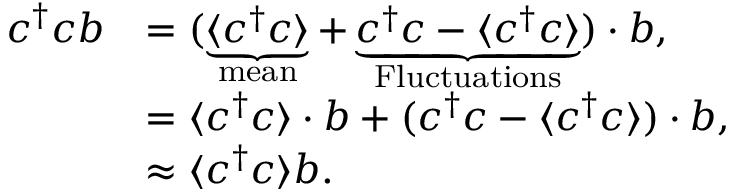
\begin{array} { r l } { c ^ { \dagger } c b } & { = ( \underbrace { \langle c ^ { \dagger } c \rangle } _ { \mathrm { m e a n } } + \underbrace { c ^ { \dagger } c - \langle c ^ { \dagger } c \rangle } _ { \mathrm { F l u c t u a t i o n s } } ) \cdot b , } \\ & { = \langle c ^ { \dagger } c \rangle \cdot b + ( c ^ { \dagger } c - \langle c ^ { \dagger } c \rangle ) \cdot b , } \\ & { \approx \langle c ^ { \dagger } c \rangle b . } \end{array}